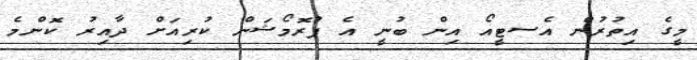
މީގެ އިތުރުން އެސޓީއޯ އިން ބުނީ އެ ޕުރޮމޯޝަން ކުރިއަށް ދާއިރު ކޮންމެ